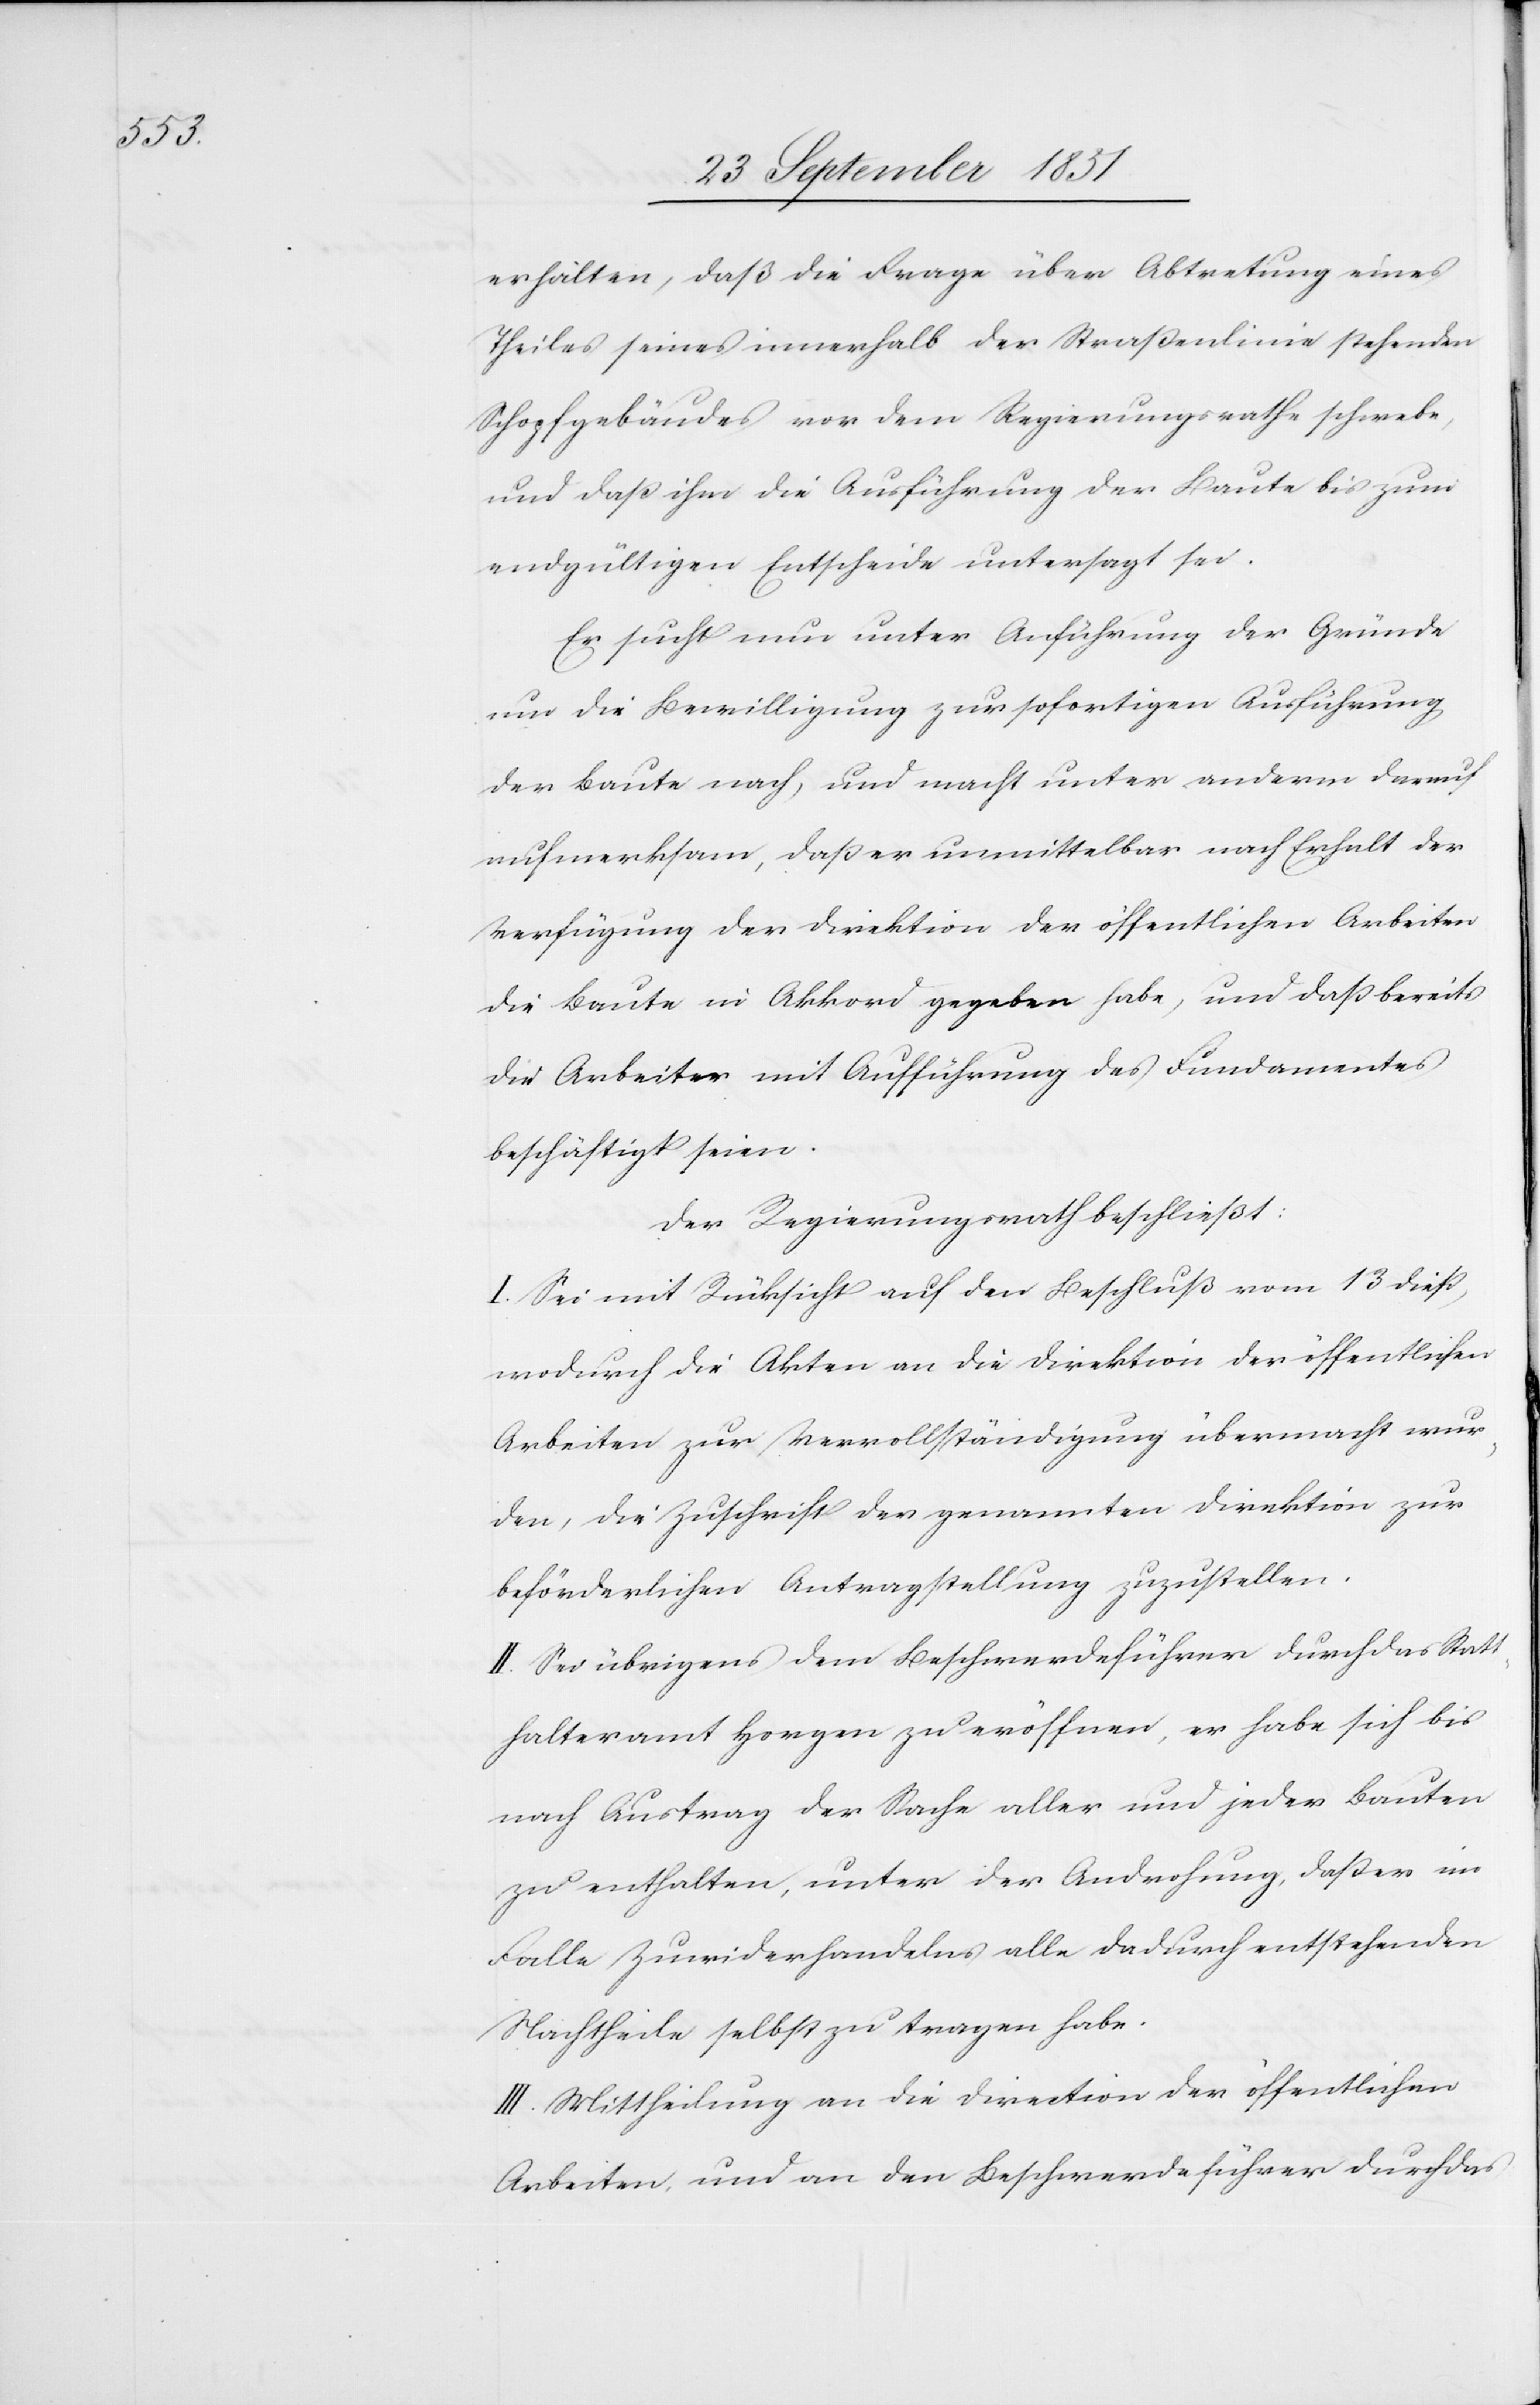
erhalten, daß die Frage über Abtretung eines
Theiles seines innerhalb der Straßenlinie stehenden
Schopfgebäudes vor dem Regierungsrathe schwebe,
und daß ihm die Ausführung der Baute bis zum
endgültigen Entscheide untersagt sei.
Er sucht nun unter Anführung der Gründe
um die Bewilligung zur sofortigen Ausführung
der Baute nach, und macht unter anderm darauf
aufmerksam, daß er unmittelbar nach Erhalt der
Verfügung der Direktion der öffentlichen Arbeiten
die Baute in Akkord gegeben habe, und daß bereits
die Arbeiter mit Aufführung des Fundamentes
beschäftigt seien.
Der Regierungsrath beschließt:
I. Sei mit Rücksicht auf den Beschluß vom 13 dieß,
wodurch die Akten an die Direktion der öffentlichen
Arbeiten zur Vervollständigung übermacht wur¬
den, die Zuschrift der genannten Direktion zur
beförderlichen Antragstellung zuzustellen.
II. Sei übrigens dem Beschwerdeführer durch das Statt¬
halteramt Horgen zu eröffnen, er habe sich bis
nach Austrag der Sache aller und jeder Bauten
zu enthalten, unter der Androhung, daß er im
Falle Zuwiderhandelns alle dadurch entstehenden
Nachtheile selbst zu tragen habe.
III. Mittheilung an die Direction der öffentlichen
Arbeiten, und an den Beschwerdeführer durch das